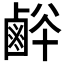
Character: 𪉢